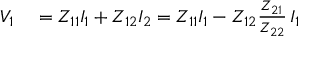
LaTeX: \begin{array} { r l } { V _ { 1 } } & { { } = Z _ { 1 1 } I _ { 1 } + Z _ { 1 2 } I _ { 2 } = Z _ { 1 1 } I _ { 1 } - Z _ { 1 2 } { \frac { Z _ { 2 1 } } { Z _ { 2 2 } } } \, I _ { 1 } } \end{array}